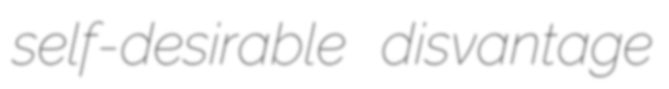
self-desirable disvantage